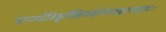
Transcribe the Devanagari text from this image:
प्राग्ज्योतिड्ढलौहित्यक्षीरोदसमुद्रपरुड्ढादाः।